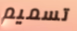
تسميم